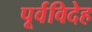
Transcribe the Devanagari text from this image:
पूर्वविदेह